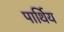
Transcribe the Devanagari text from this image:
पार्थिय